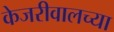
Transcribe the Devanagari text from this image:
केजरीवालच्या